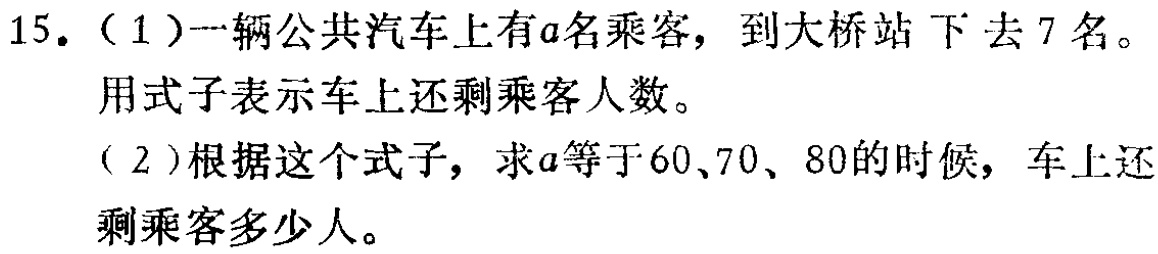
15.（1）一辆公共汽车上有\(a\)名乘客，到大桥站下去\(7\)名。

用式子表示车上还剩乘客人数。

（2）根据这个式子，求\(a\)等于\(60\)、\(70\)、\(80\)的时候，车上还

剩乘客多少人。